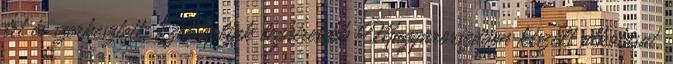
írt és szerkesztett. Ezek voltak leghíresebb Magyarországon készült alkotásai.